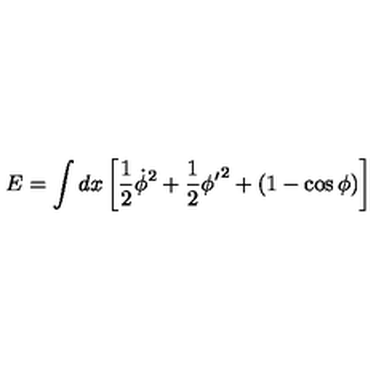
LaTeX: E = \int d x \left[ \frac { 1 } { 2 } \dot { \phi } ^ { 2 } + \frac { 1 } { 2 } { \phi ^ { \prime } } ^ { 2 } + ( 1 - \cos \phi ) \right]